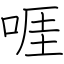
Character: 啀